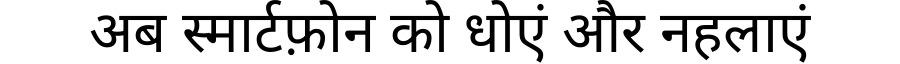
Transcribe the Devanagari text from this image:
अब स्मार्टफ़ोन को धोएं और नहलाएं